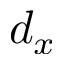
d _ { x }